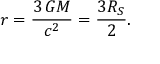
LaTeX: r = { \frac { 3 \, G M } { c ^ { 2 } } } = { \frac { 3 R _ { S } } { 2 } } .